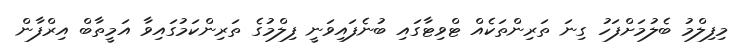
މިފިލްމު ބެލުމަށްފަހު ގިނަ ތަރިންތަކެއް ޓްވިޓާގައި ބުނެފައިވަނީ ފިލްމުގެ ތަރިންކަމުގައިވާ އަމީތާބް އިރްފާން